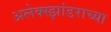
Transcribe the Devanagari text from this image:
अलेक्स्झांडराच्या